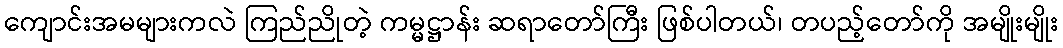
ကျောင်းအမများကလဲ ကြည်ညိုတဲ့ ကမ္မဋ္ဌာန်း ဆရာတော်ကြီး ဖြစ်ပါတယ်၊ တပည့်တော်ကို အမျိုးမျိုး